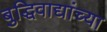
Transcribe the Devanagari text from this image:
बुद्धिवाद्यांच्या